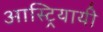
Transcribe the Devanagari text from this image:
आस्ट्रियायी